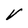
Character: V